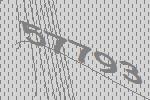
57793